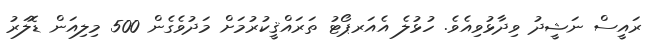
ރައީސް ނަޝީދު ވިދާޅުވިއެވެ. ހުޅުލެ އެއަރޕޯޓު ތަރައްޤީކުރުމަށް މަދުވެގެން 500 މިލިއަން ޑޮލަރު